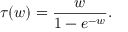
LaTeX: \tau ( w ) = { \frac { w } { 1 - e ^ { - w } } } .